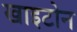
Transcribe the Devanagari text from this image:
खाइटोन